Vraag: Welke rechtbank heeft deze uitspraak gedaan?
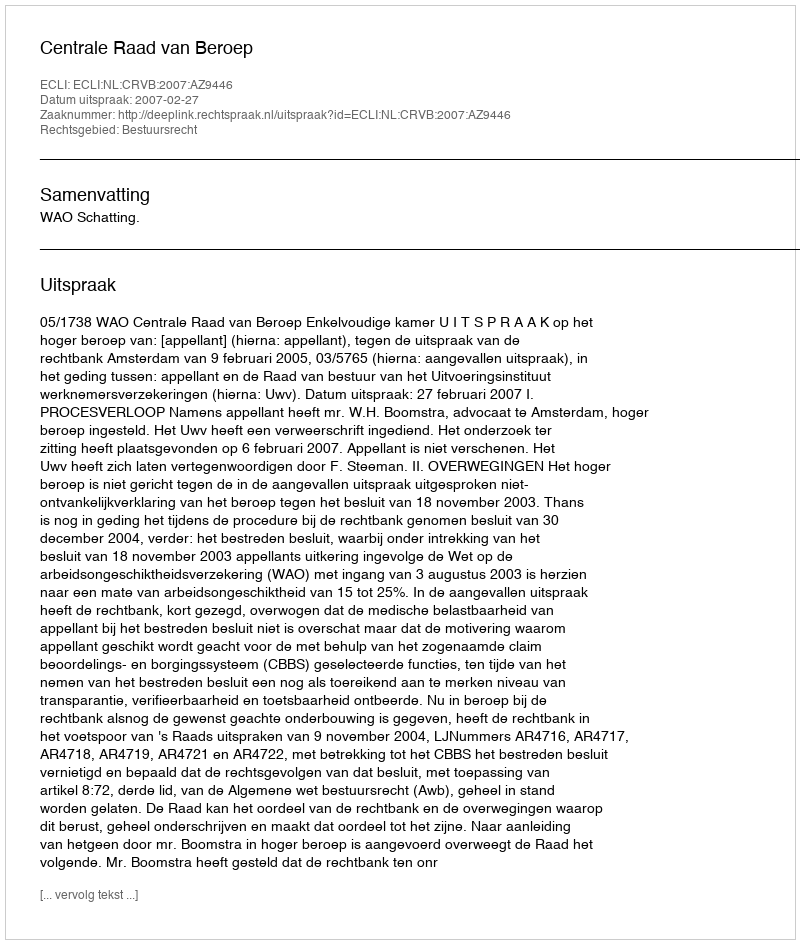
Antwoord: Centrale Raad van Beroep